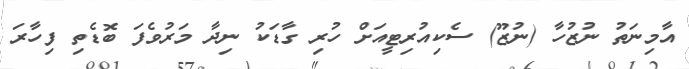
އާމިނަތު ނުޒުހާ (ނުޒޫ) ސެކިއުރިޓީއަށް ހުރި ގާޑަކު ނިދާ މަރުވެފަ ބޮޑެތި ފިހާރަ